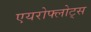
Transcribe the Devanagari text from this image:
एयरोफ्लोट्स